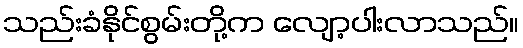
သည်းခံနိုင်စွမ်းတို့က လျော့ပါးလာသည်။